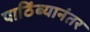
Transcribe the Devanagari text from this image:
पाठिंब्यानंतर